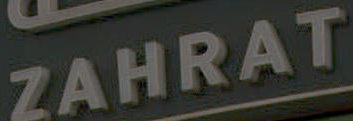
ZAHRAT